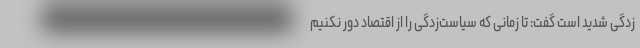
زدگی شدید است گفت: تا زمانی که سیاست‌زدگی را از اقتصاد دور نکنیم